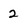
Character: 2